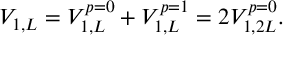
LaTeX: V _ { 1 , L } = V _ { 1 , L } ^ { p = 0 } + V _ { 1 , L } ^ { p = 1 } = 2 V _ { 1 , 2 L } ^ { p = 0 } .